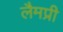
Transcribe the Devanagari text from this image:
लैमप्री